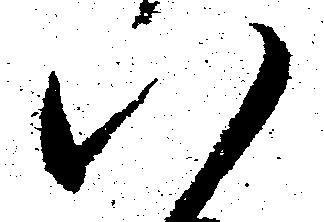
八